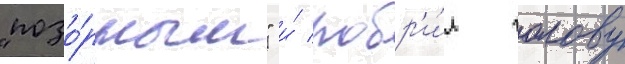
"позо́рным" и́ побр'и́л голову